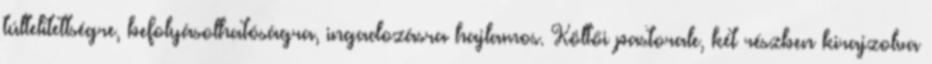
túltelítettségre, befolyásolhatóságra, ingadozásra hajlamos. Költői pastorale, két részben kirajzolva